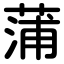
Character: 蒲